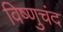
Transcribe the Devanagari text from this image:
विष्णुचंद